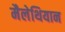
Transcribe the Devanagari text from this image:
मैलेथियान